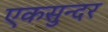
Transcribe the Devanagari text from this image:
एकसुन्दर